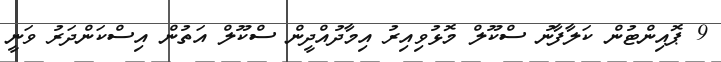
9 ޕޮއިންޓުން ކަލާފާނު ސްކޫލް މޮޅުވިއިރު އިމާދުއްދީން ސްކޫލް އަތުން އިސްކަންދަރު ވަނީ